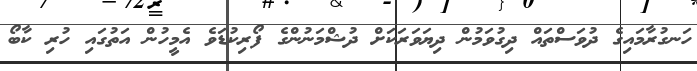
ހަނގުރާމައިގެ ދުވަސްތައް ދިގުވަމުން ދިޔަވަރަކަށް ދުޝްމަނުންގެ ފޯރިކުޑަވެ އެމީހުން އަތުގައި ހުރި ކާބޯ